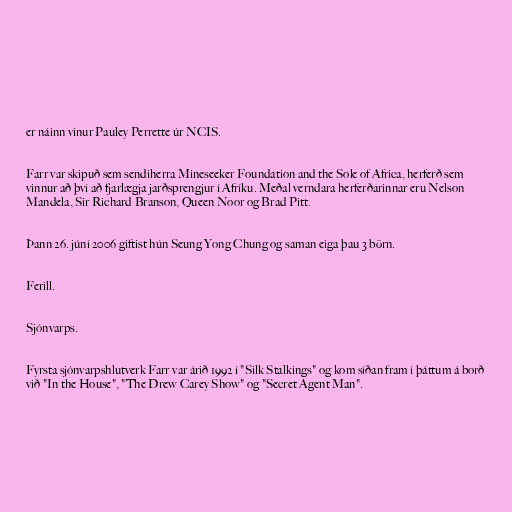
er náinn vinur Pauley Perrette úr NCIS.

Farr var skipuð sem sendiherra Mineseeker Foundation and the Sole of Africa, herferð sem
vinnur að því að fjarlægja jarðsprengjur í Afríku. Meðal verndara herferðarinnar eru Nelson
Mandela, Sir Richard Branson, Queen Noor og Brad Pitt.

Þann 26. júní 2006 giftist hún Seung Yong Chung og saman eiga þau 3 börn.

Ferill.

Sjónvarps.

Fyrsta sjónvarpshlutverk Farr var árið 1992 í "Silk Stalkings" og kom síðan fram í þáttum á borð
við "In the House", "The Drew Carey Show" og "Secret Agent Man".